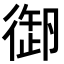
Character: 𢕜